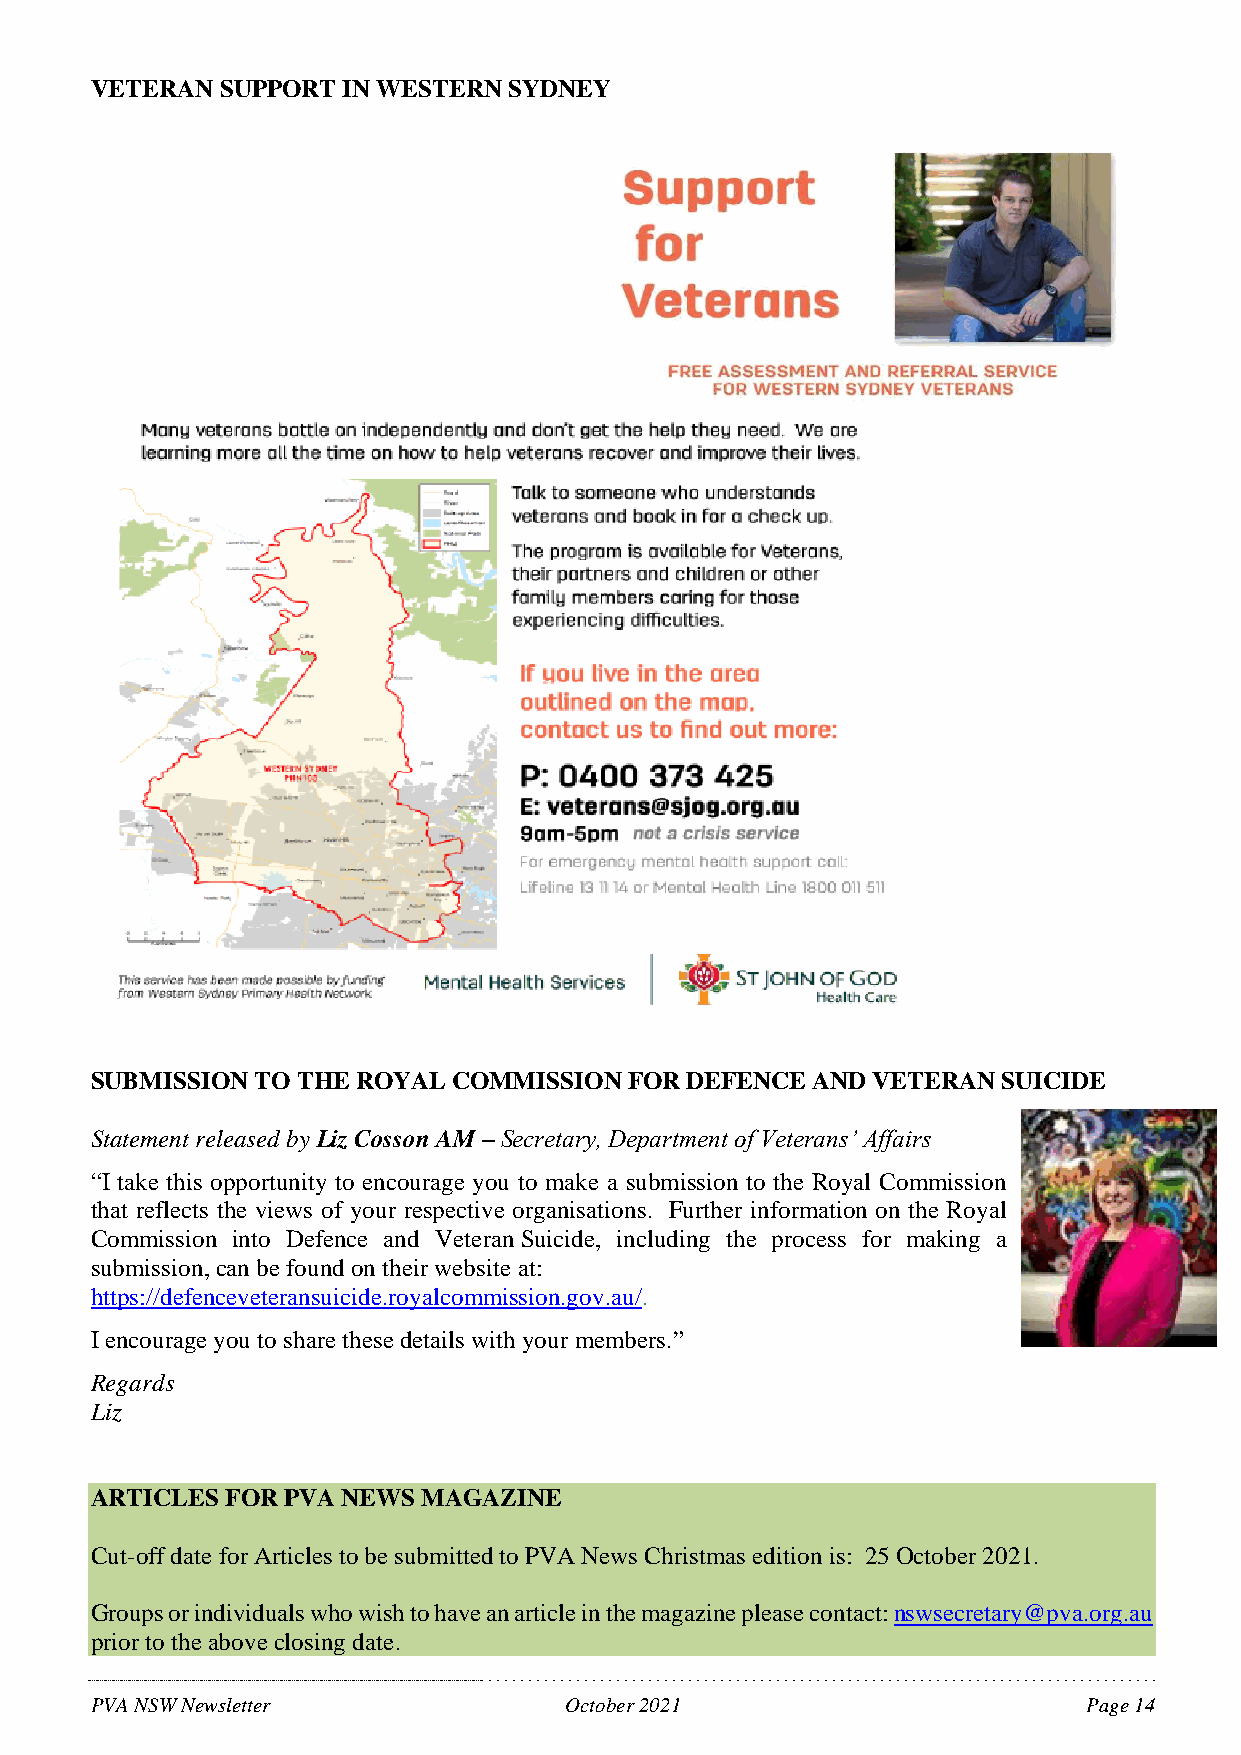
VETERAN  SUPPORT IN WESTERN SYDNEY
 SUBMISSION TO THE ROYAL COMMISSION  FOR DEFENCE AND VETERAN SUICIDE
 Statement released by Liz Cosson AM – Secretary, Department of Veterans’ Affairs
 “I take this opportunity to encourage you to make a submission to the Royal Commission
 that reflects the views of your respective organisations. Further information on the Royal
 Commission into Defence and Veteran Suicide, including the process for making a
 submission, can be found on their website at:
 https://defenceveteransuicide.royalcommission.gov.au/.
 I encourage you to share these details with your members.”
 Regards
 Liz
 ARTICLES FOR PVA NEWS MAGAZINE
 Cut-off date for Articles to be submitted to PVA News Christmas edition is: 25 October 2021.
 Groups or individuals who wish to have an article in the magazine please contact: nswsecretary@pva.org.au
 prior to the above closing date.
 PVA NSW Newsletter             October 2021                       Page 14